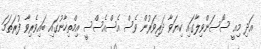
އަދި މިއީ ސޯސަންވިލާގައި ކިޔަވާ ދަރިވަރުން ވެސް އެސްއެސްސީ އިމްތިހާނުގައި ބައިވެރިވާ ފުރަތަމަ